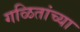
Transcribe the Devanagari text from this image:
गळितांच्या